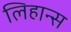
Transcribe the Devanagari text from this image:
लिहान्स